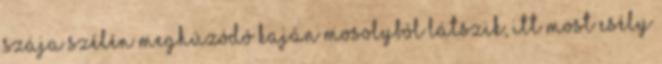
szája szélén meghúzódó kaján mosolyból látszik, itt most esély